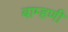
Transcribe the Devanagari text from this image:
बाम्हणी